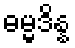
ဓမ္မဒိန္န